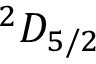
^ 2 D _ { 5 / 2 }